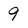
Character: 9